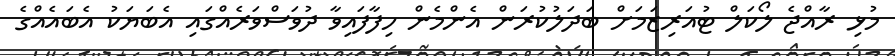
މުޅި ރާއްޖެ ލޯކަލް ޓުއަރިޒަމަށް ބަދަލުކުރަން އެންމެން ހިފާފައިވާ ދުވަސްވަރެއްގައި އެބަޔަކު އެބައެއްގެ